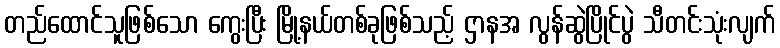
တည်ထောင်သူဖြစ်သော ကွေးပြီး မြို့နယ်တစ်ခုဖြစ်သည့် ဌာနအ လွန်ဆွဲပြိုင်ပွဲ သီတင်းသုံးလျက်